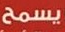
يسمح